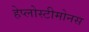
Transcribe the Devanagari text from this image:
हेप्लोस्टीमोनस